Mental hospitals Bombay report 1929-33 - 1929-1933
Year: 1929
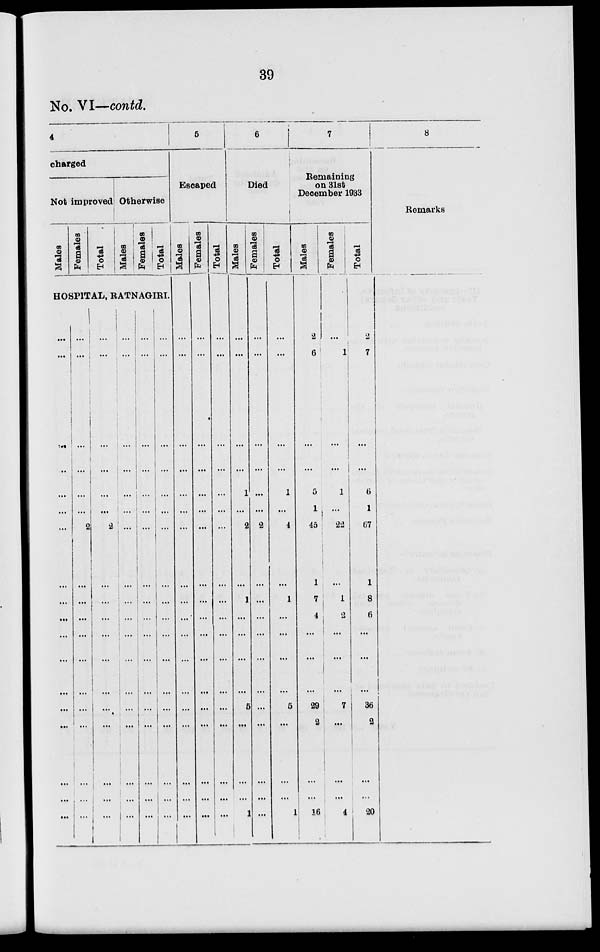
39
No. VI—contd.
4
charged
Not improved
Males
Females
Total
Otherwise
Males
Females
Total
HOSPITAL, RATNAGIRI.
...
...
...
...
...
...
...
...
...
...
...
...
...
...
...
...
...
...
...
...
...
...
...
...
...
2
...
...
...
...
...
...
...
...
...
...
...
...
...
...
...
...
...
2
...
...
...
...
...
...
...
...
...
...
...
...
...
...
...
...
...
...
...
...
...
...
...
...
...
...
...
...
...
...
...
...
...
...
..
...
...
...
...
...
...
...
...
...
...
...
...
...
...
...
...
...
...
...
...
...
...
...
...
...
...
...
...
...
...
5
Escaped
Males
...
...
...
...
...
...
...
...
...
...
...
...
...
...
...
...
...
Females
...
...
...
...
...
...
...
...
...
...
...
...
...
...
...
...
...
...
Total
...
...
...
...
...
...
...
...
...
...
...
...
...
...
...
...
...
...
6
Died
Males
...
...
...
...
1
...
2
...
1
...
...
...
...
5
...
...
...
1
Females
...
...
...
...
...
...
2
...
...
...
...
...
...
...
...
...
...
...
Total
...
...
...
...
1
...
4
...
1
...
...
...
...
5
...
...
...
1
7
Remaining
on 31st
December 1933
Males
2
6
...
...
5
1
45
1
7
4
...
...
...
29
2
...
...
16
Females
...
1
...
...
1
...
22
...
1
2
...
...
7
...
...
...
4
Total
2
7
...
...
6
1
67
1
8
6
...
...
...
36
2
...
...
20
8
Remarks